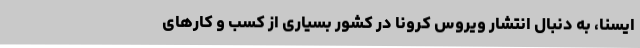
ایسنا، به دنبال انتشار ویروس کرونا در کشور بسیاری از کسب و کارهای